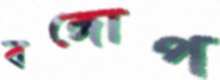
বঙ্গোপ